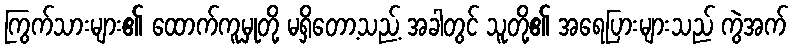
ကြွက်သားများ၏ ထောက်ကူမှုတို့ မရှိတော့သည့် အခါတွင် သူတို့၏ အရေပြားများသည် ကွဲအက်